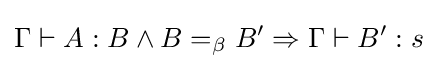
\Gamma \vdash A:B\land B=_{\beta }B'\Rightarrow \Gamma \vdash B':s